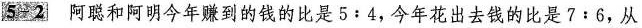
5-2 阿聪和阿明今年赚到的钱的比是5:4，今年花出去钱的比是7:6，从